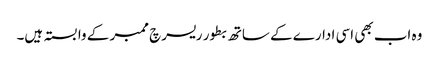
وہ اب بھی اسی ادارے کے ساتھ بطور ریسرچ ممبر کے وابستہ ہیں۔